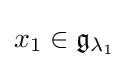
x_{1}\in {\mathfrak {g}}_{\lambda _{1}}